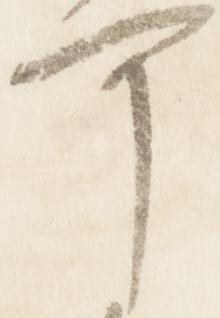
可